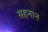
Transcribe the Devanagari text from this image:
सहनान